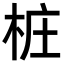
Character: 桩